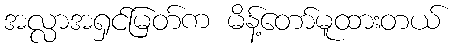
အလ္လာအရှင်မြတ်က မိန့်တော်မူထားတယ်